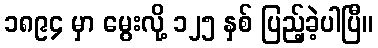
၁၈၉၄ မှာ မွေးလို့ ၁၂၅ နှစ် ပြည့်ခဲ့ပါပြီ။